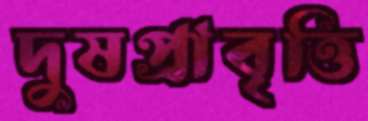
দুষপ্রাবৃত্তি